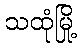
သထုံမြို့